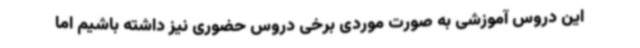
این دروس آموزشی به صورت موردی برخی دروس حضوری نیز داشته باشیم اما